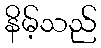
နိမ့်သည်